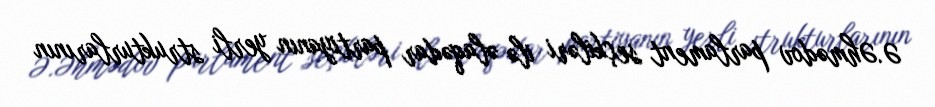
Ə.Əhmədov parlament seçkiləri ilə əlaqədar partiyanın yerli strukturlarının